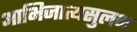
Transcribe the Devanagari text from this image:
आभिजात्यसुलभ